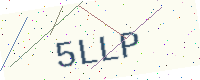
Text: 5LLP